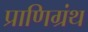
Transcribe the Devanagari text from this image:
प्राणिग्रंथ